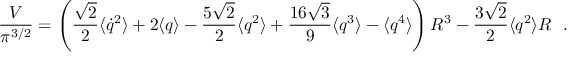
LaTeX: { \frac { { \cal V } } { \pi ^ { 3 / 2 } } } = \left( { \frac { \sqrt { 2 } } { 2 } } \langle \dot { q } ^ { 2 } \rangle + 2 \langle q \rangle - { \frac { 5 \sqrt { 2 } } { 2 } } \langle q ^ { 2 } \rangle + { \frac { 1 6 \sqrt { 3 } } { 9 } } \langle q ^ { 3 } \rangle - \langle q ^ { 4 } \rangle \right) R ^ { 3 } - { \frac { 3 \sqrt { 2 } } { 2 } } \langle q ^ { 2 } \rangle R ~ ~ .